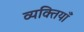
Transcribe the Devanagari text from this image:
व्यक्तियाँ